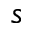
s